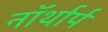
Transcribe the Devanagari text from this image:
नॉर्थार्प